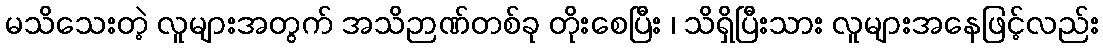
မသိသေးတဲ့ လူများအတွက် အသိဉာဏ်တစ်ခု တိုးစေပြီး ၊ သိရှိပြီးသား လူများအနေဖြင့်လည်း